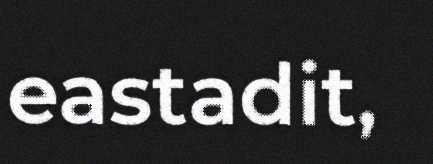
eastadit,